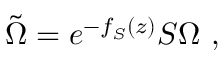
\tilde { \Omega } = e ^ { - f _ { \cal S } ( z ) } { \cal S } \Omega \ ,